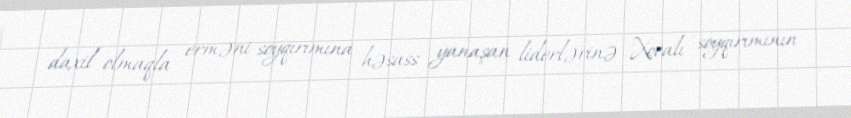
daxil olmaqla erməni soyqırımına həsass yanaşan liderlərinə Xocalı soyqırımının